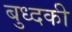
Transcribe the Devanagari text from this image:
बुध्दकी